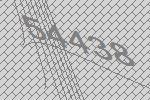
54438